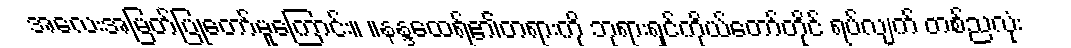
အလေးအမြတ်ပြုတော်မူကြောင်း။ ။နန္ဒထေရ်၏တရားကို ဘုရားရှင်ကိုယ်တော်တိုင် ရပ်လျက် တစ်ညလုံး